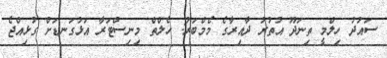
ސައުދު ހިލްމީ ތިނަދޫ އުތުރު ދާއިރާގެ މެމްބަރު: ހެލްތް މިނިސްޓަރާ އަޅުގަނޑަށް ގުޅިއްޖެ